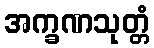
အက္ခဏသုတ္တံ